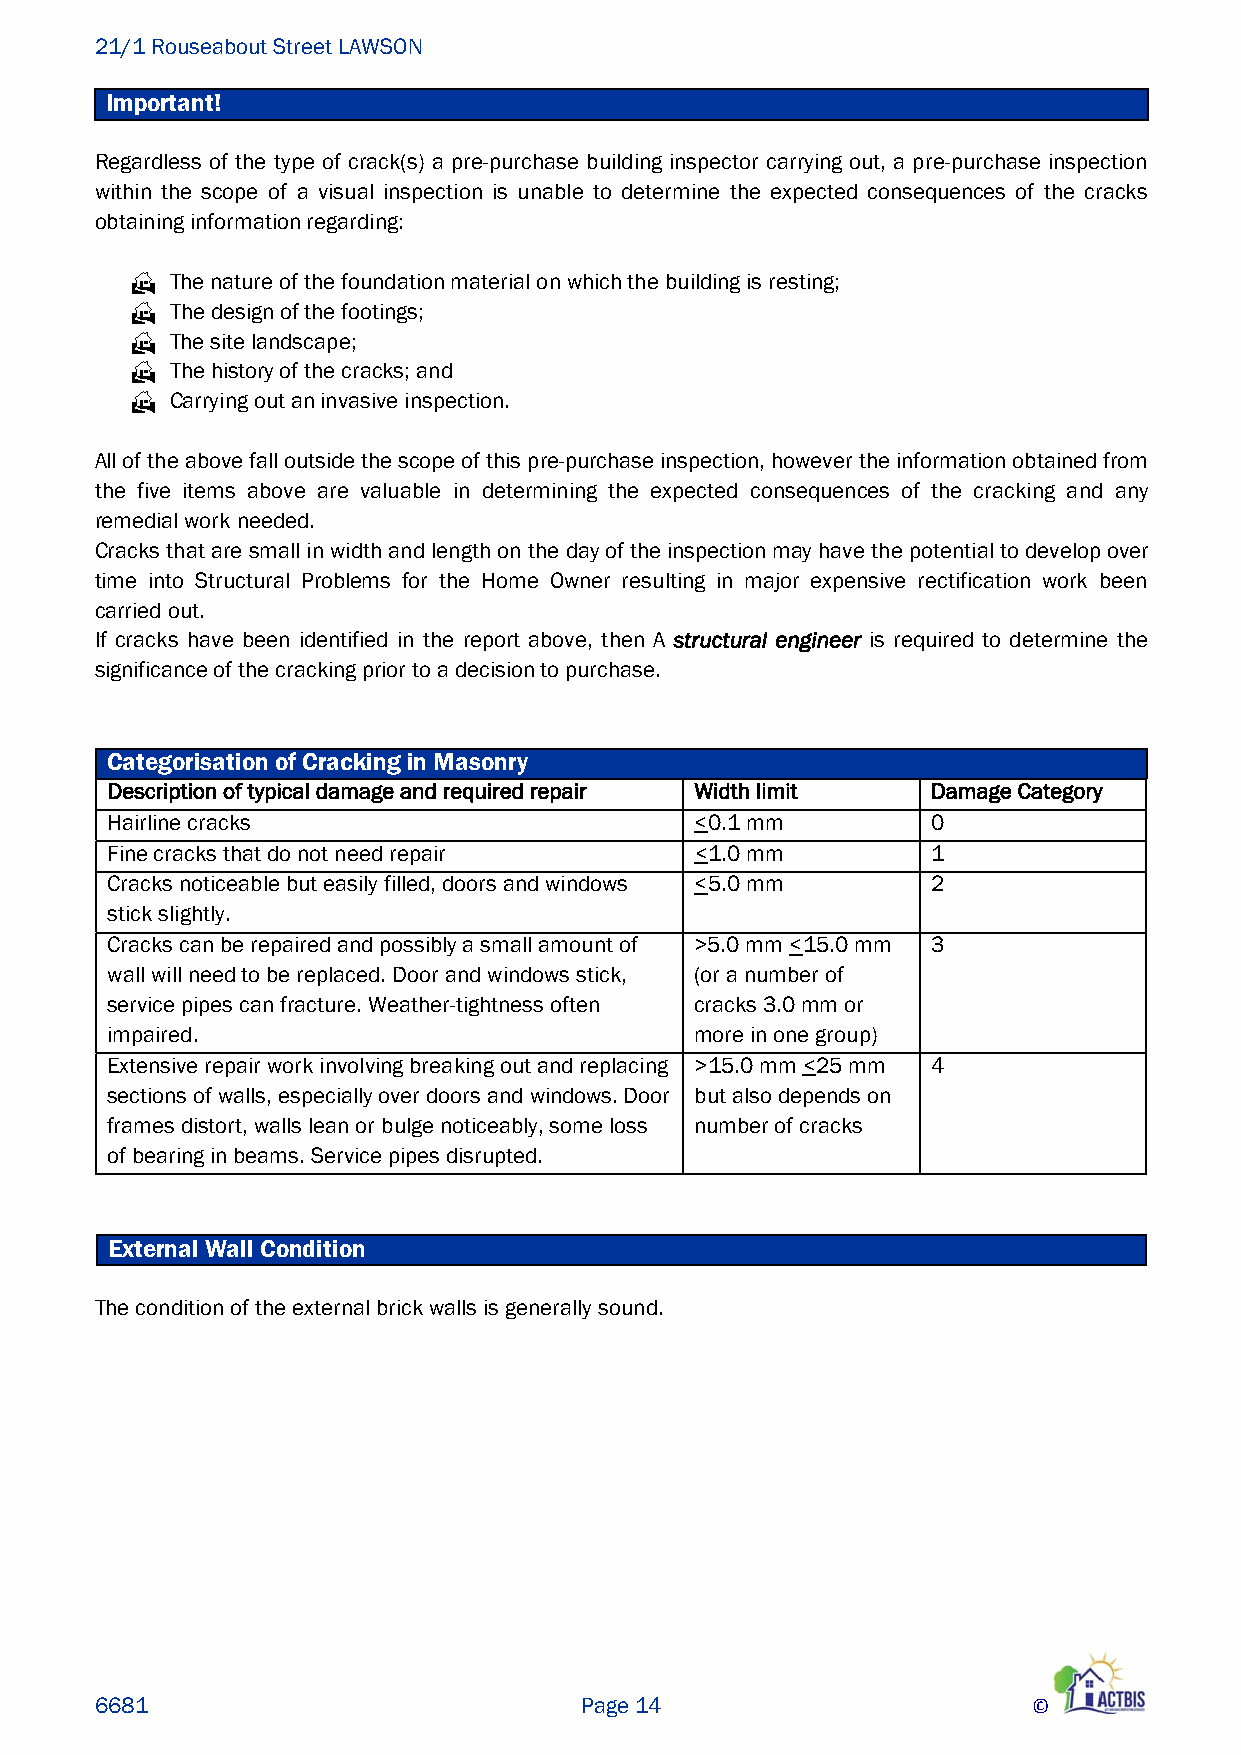
21/1 Rouseabout Street LAWSON
 Important!
 Regardless of the type of crack(s) a pre-purchase building inspector carrying out, a pre-purchase inspection
 within the scope of a visual inspection is unable to determine the expected consequences of the cracks
 obtaining information regarding:
  The nature of the foundation material on which the building is resting;
  The design of the footings;
  The site landscape;
  The history of the cracks; and
  Carrying out an invasive inspection.
 All of the above fall outside the scope of this pre-purchase inspection, however the information obtained from
 the five items above are valuable in determining the expected consequences of the cracking and any
 remedial work needed.
 Cracks that are small in width and length on the day of the inspection may have the potential to develop over
 time into Structural Problems for the Home Owner resulting in major expensive rectification work been
 carried out.
 If cracks have been identified in the report above, then A structural engineer is required to determine the
 significance of the cracking prior to a decision to purchase.
 Categorisation of Cracking in Masonry
 Description of typical damage and required repair Width limit Damage Category
 Hairline cracks                        <0.1 mm         0
 Fine cracks that do not need repair    <1.0 mm         1
 Cracks noticeable but easily filled, doors and windows <5.0 mm 2
 stick slightly.
 Cracks can be repaired and possibly a small amount of >5.0 mm <15.0 mm 3
 wall will need to be replaced. Door and windows stick, (or a number of
 service pipes can fracture. Weather-tightness often cracks 3.0 mm or
 impaired.                              more in one group)
 Extensive repair work involving breaking out and replacing >15.0 mm <25 mm 4
 sections of walls, especially over doors and windows. Door but also depends on
 frames distort, walls lean or bulge noticeably, some loss number of cracks
 of bearing in beams. Service pipes disrupted.
 External Wall Condition
 The condition of the external brick walls is generally sound.
 6681                            Page 14                       ©